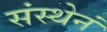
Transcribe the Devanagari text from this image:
संस्थेनं